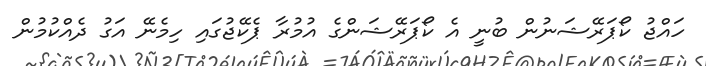
ހައްޖު ކޯޕަރޭޝަނުން ބުނީ އެ ކޯޕަރޭޝަންގެ އުމުރާ ޕެކޭޖުގައި ހިމެނޭ އަގު ދެއްކުމުން